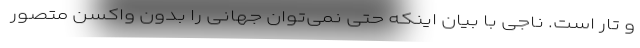
و تار است. ناجی با بیان اینکه حتی نمی‌توان جهانی را بدون واکسن متصور